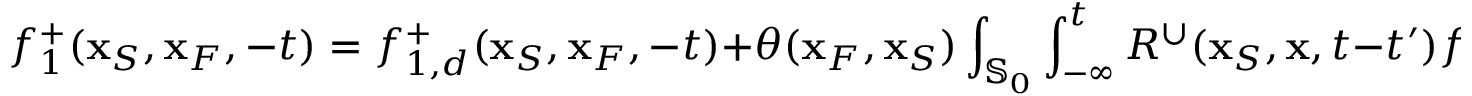
f _ { 1 } ^ { + } ( { \bf x } _ { S } , { \bf x } _ { F } , - t ) = f _ { 1 , d } ^ { + } ( { \bf x } _ { S } , { \bf x } _ { F } , - t ) + \theta ( { \bf x } _ { F } , { \bf x } _ { S } ) \int _ { { \mathbb { S } _ { 0 } } } \int _ { - \infty } ^ { t } R ^ { \cup } ( { \bf x } _ { S } , { \bf x } , t - t ^ { \prime } ) f _ { 1 } ^ { - } ( { \bf x } , { \bf x } _ { F } , - t ^ { \prime } ) \mathrm { d } t ^ { \prime } \mathrm { d } { \bf x } .